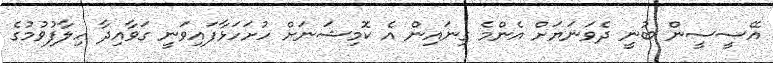
އޭސީސީން ބުނީ ދެވަނަޔަށް އެންމެ ގިނައިން އެ ކޮމިޝަނަށް ހުށަހަޅާފައިވަނީ ގަވާއިދާ ހިލާފުވުމުގެ